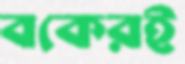
বকেরই